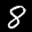
Label: 8